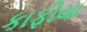
કાફીયા